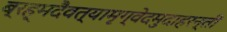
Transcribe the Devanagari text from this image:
ब्रह्मदैवत्यामृग्वेदमुदाहरन्तीं